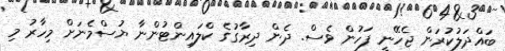
ބައްދަލުކުރަން ޖެހޭނީ ފަހުން ވެސް. ދެން ދިރާގުގެ ކްލައިންޓުންނާ ޔުސްމެނަށް މިހާރު މި